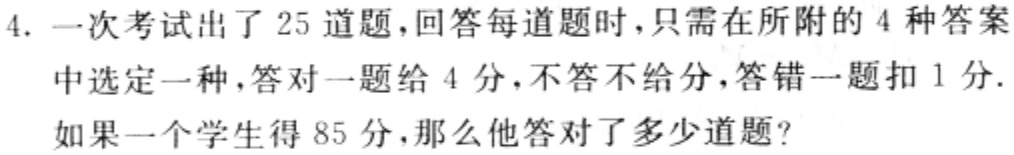
4. 一次考试出了 25 道题，回答每道题时，只需在所附的 4 种答案中选定一种，答对一题给 4 分，不答不给分，答错一题扣 1 分.如果一个学生得 85 分，那么他答对了多少道题？